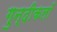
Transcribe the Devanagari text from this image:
गुन्दीकलाँ